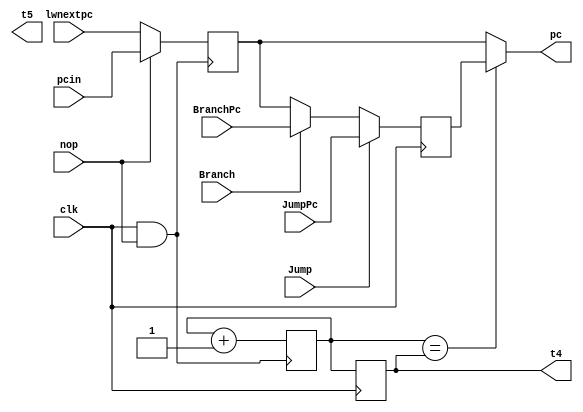
`timescale 1ns / 1ps
module PC(clk,pcin,pc,nop, lwnextpc, JumpPc,BranchPc,Jump,Branch,t5,t4);
input clk;
input nop;
input Jump,Branch;
input [31:0] pcin,lwnextpc,JumpPc, BranchPc;
output [31:0] pc,t5,t4;
reg [31:0] t1 = 0, t2 = 0,t3 = 0, t4 = 0;
assign pc = (t3 == t4) ? t2 : t1;
//assign t5=Branch;
always@(posedge (clk && nop)) begin
    t1 = (nop == 1) ? pcin : lwnextpc;
    t3 = t3 + 1;
  //  if(Branch == 1) t2 = BranchPc;
end

    always@(negedge clk)
        begin
            if(Jump == 1) t2 = JumpPc;
            else if(Branch == 1) t2 = BranchPc;
            else t2 = t1;
            t4 = t3;
        end
endmodule